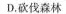
D.砍伐森林